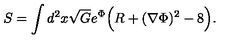
S = \int d ^ { 2 } x \sqrt { G } e ^ { \Phi } \Bigl ( R + ( \nabla \Phi ) ^ { 2 } - 8 \Bigr ) .